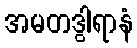
အမတဒွါရာနံ